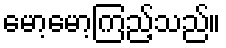
မော့မော့ကြည့်သည်။